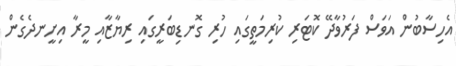
އެހިސާބުން އަވަސް ފަރުވާދޭ ކޮޓަރި ކުރިމަތީގައި ހުރި ގޮނޑިބަރީގައި ރިޔާޒާާއި މީރާ އިށީނދެގެން